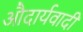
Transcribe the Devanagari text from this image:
औदार्यवादी